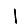
Digit: 1